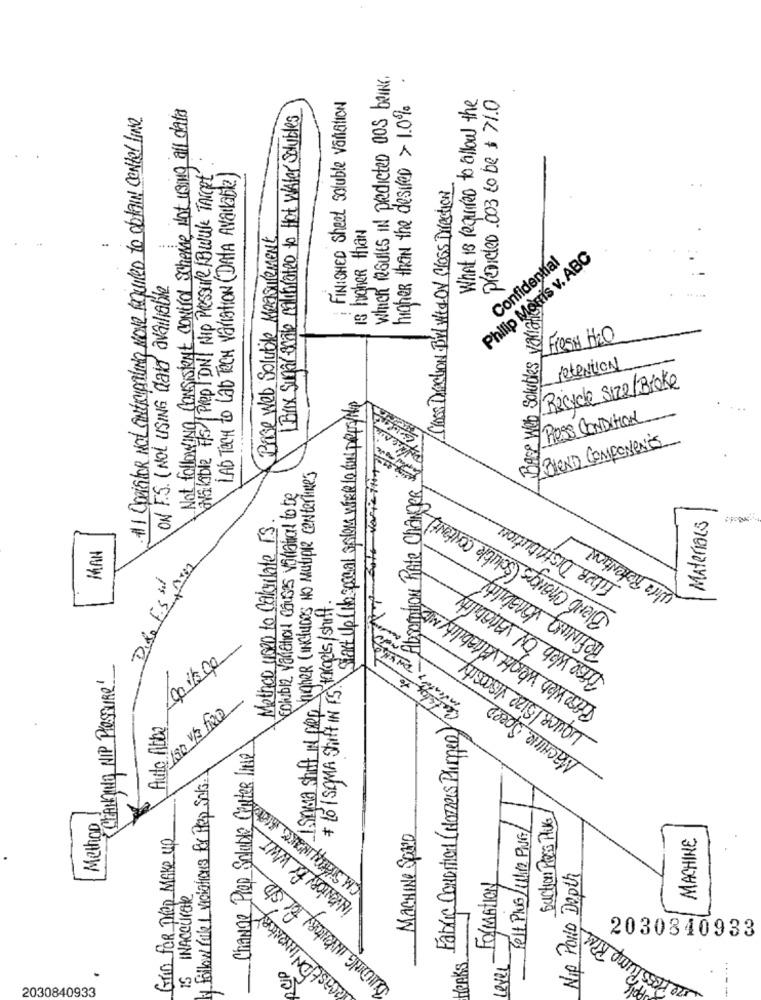
which results IN predicted Dos beine.
What is required to allow the
presiden 003 to be $ 71.0
Not following Consistent control scheme Not using all data
FINISHED sheet soluble Variation
higher than the desired > 1.0%
1.1 OpistoR Not sutrypaling move required to obtain center line
Brix Sugar ocate calibrated to Hat Water Solubles
available F/S | Prep / DNI NIP Pressure ( Boule Target
LAD TOCH to Lab TECH VariATION (DATA Available)
Cross Direction . BYL with OV Class Direction
is higher than
Base Web Solubile Measurement
Philip Morris v. ABC
Confidential
ON F.S. (Not USING daid available
Base Web Solubles voulais
Frost H2O
retention
Start Up ( no special sistem Wife lo BUL PRISTe
Recycle Size/Broke
PRESS CONDITION
FS BIEND COMPONENTS
ISauna shift It open Jagher (includes NO Mutiple centerines
Absorption Rate Changer
colubiz variation causes varietal to be
Bland Changes (Soluble Content)
Fiber Distribution
Method used to Calculate IS.
Materials
who Retention
MAN
Refining Vanability
Dido ES set
Brase Web Of Anability
* to | SOMA Shift IN FS takgels/ shift.
Base Web weight Variability Me
inventory of y
LIQUOR/Size Viscosity
CHANGING NIP PLESSURE!
Fabric Condition ( Hozes Plimen Vil
Iso V/a few
Machine, Speed
Auto Abba
Change Prep Soluble Center lite
1 follow Pole I viciations for PRap Sols.
Method
Suction PRESS PLUG
INVENTORY for WWT
Felt PING / Wire PING
Grin for Thep Make up
MACHINE SpAND
MACHINE
BUILDING INVENTORY for S/D
Nip POND Depth
Formation
IS INACCURATE
Rast DNINVENTORY
2030840933
we resslump RPM
ROP
PAKS
Level
-
.
2030840933